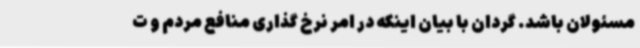
مسئولان باشد. گردان با بیان اینکه در امر نرخ گذاری منافع مردم و ت